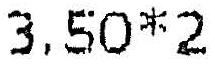
3.50*2